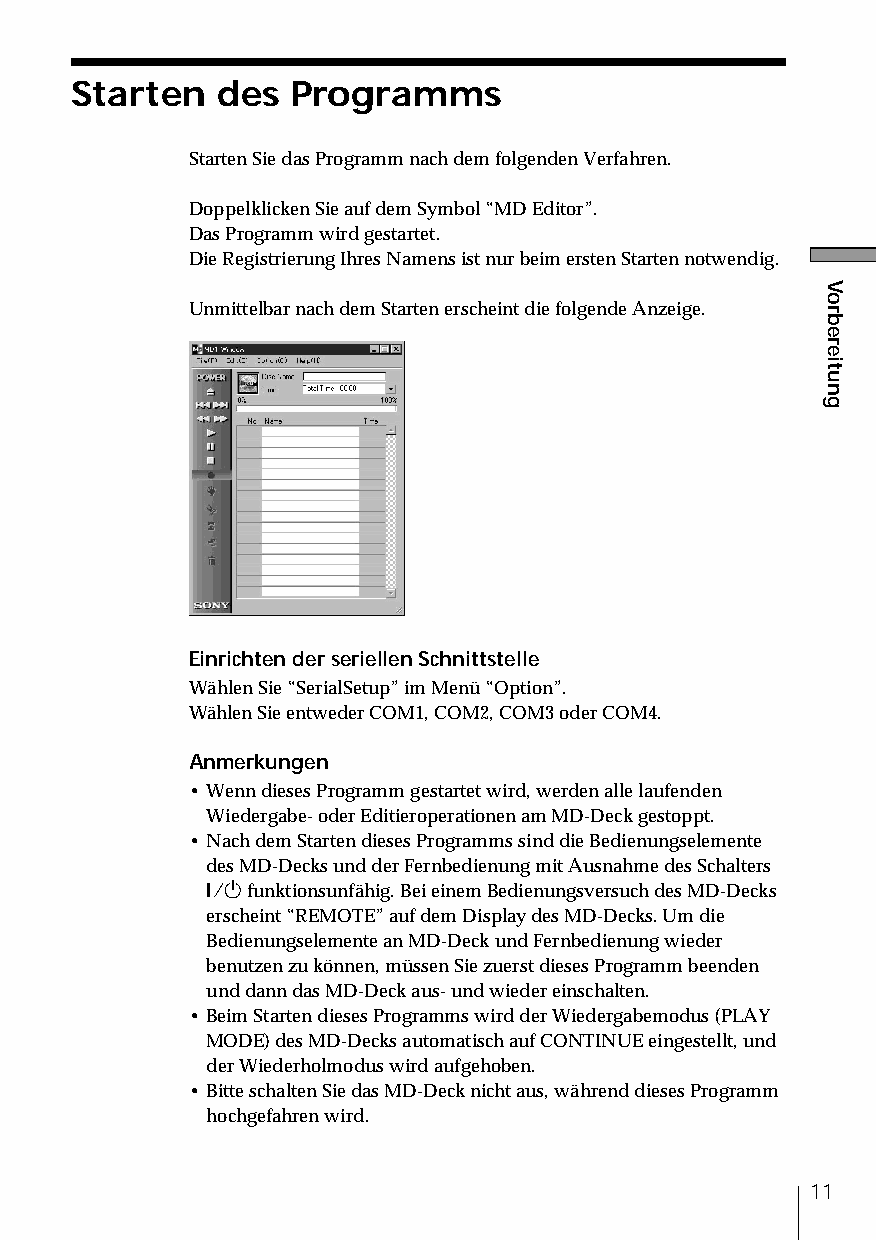
Starten  des  Programms
 Starten Sie das Programm nach dem folgenden Verfahren.
 Doppelklicken Sie auf dem Symbol “MD Editor”.
 Das Programm wird gestartet.
 Die Registrierung Ihres Namens ist nur beim ersten Starten notwendig.
 Unmittelbar nach dem Starten erscheint die folgende Anzeige.
 Einrichten der seriellen Schnittstelle
 Wählen Sie “SerialSetup” im Menü “Option”.
 Wählen Sie entweder COM1, COM2, COM3 oder COM4.
 Anmerkungen
 • Wenn dieses Programm gestartet wird, werden alle laufenden
 Wiedergabe- oder Editieroperationen am MD-Deck gestoppt.
 • Nach dem Starten dieses Programms sind die Bedienungselemente
 des MD-Decks und der Fernbedienung mit Ausnahme des Schalters
 1/u funktionsunfähig. Bei einem Bedienungsversuch des MD-Decks
 erscheint “REMOTE” auf dem Display des MD-Decks. Um die
 Bedienungselemente an MD-Deck und Fernbedienung wieder
 benutzen zu können, müssen Sie zuerst dieses Programm beenden
 und dann das MD-Deck aus- und wieder einschalten.
 • Beim Starten dieses Programms wird der Wiedergabemodus (PLAY
 MODE) des MD-Decks automatisch auf CONTINUE eingestellt, und
 der Wiederholmodus wird aufgehoben.
 • Bitte schalten Sie das MD-Deck nicht aus, während dieses Programm
 hochgefahren wird.
 11
 Vorbereitung